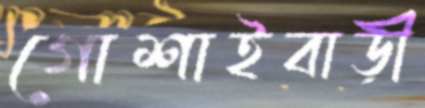
গোশাইবাড়ী